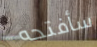
سأفتحه